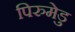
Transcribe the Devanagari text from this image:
पिरुमेडु